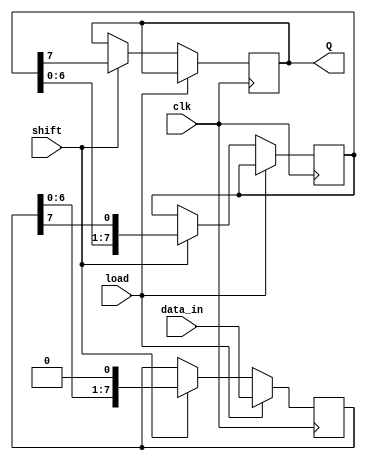
module PISO_Register (
    input wire clk,         // Clock input
    input wire load,        // Load control signal
    input wire shift,       // Shift control signal
    input wire [n-1:0] data_in, // Parallel data input
    output reg Q           // Serial output
);
    parameter n = 8;       // Number of bits in the register

    reg [n-1:0] stage1;    // Stage 1 register
    reg [n-1:0] stage2;    // Stage 2 register
    reg [n-1:0] count;     // Bit counter for shifting

    always @(posedge clk) begin
        if (load) begin
            // Load data into Stage 1 on LOAD signal
            stage1 <= data_in;
        end else if (shift) begin
            // Shift data from Stage 2 to output Q
            Q <= stage2[n-1]; // Output the MSB of Stage 2
            // Shift Stage 2 and Stage 1
            stage2 <= {stage2[n-2:0], stage1[n-1]};
            // Shift Stage 1 to prepare for new data
            stage1 <= {stage1[n-2:0], 1'b0}; // Shift Stage 1
        end
    end

    always @(posedge clk) begin
        if (load) begin
            // Reset the count when loading new data
            count <= 0;
        end else if (shift) begin
            // Increment count when shifting
            count <= count + 1;
        end
    end

endmodule